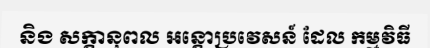
និង សក្តានុពល អន្តោប្រវេសន៍ ដែល កម្មវិធី